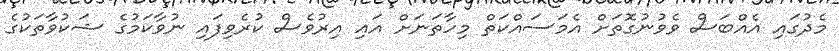
މެދުގައި އެއްބަސް ވެވުނުގޮތަށް އެމަސައްކަތް މިހާތަނަށް އައި އިރުވެސް ކުރެވިފައި ނުވާކަމުގެ ޝަކުވާތަކުގެ